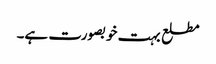
مطلع بہت خوبصورت ہے۔